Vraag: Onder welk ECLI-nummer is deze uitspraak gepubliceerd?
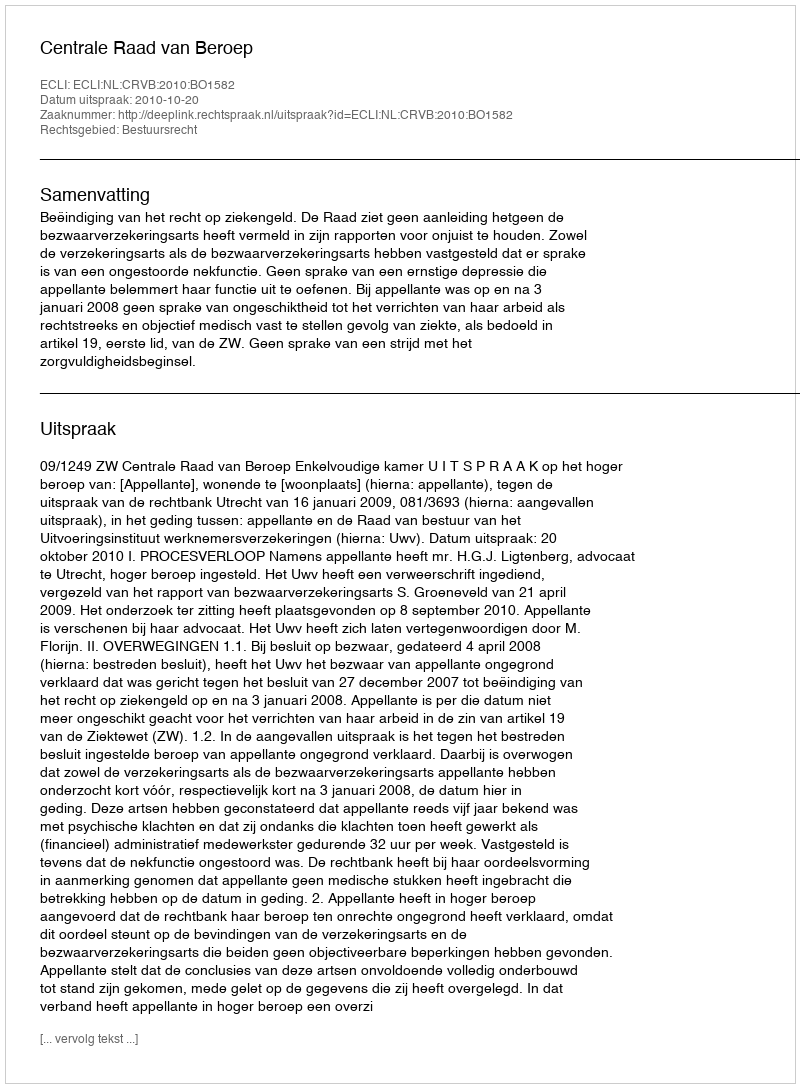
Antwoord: ECLI:NL:CRVB:2010:BO1582